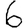
Digit: 6